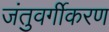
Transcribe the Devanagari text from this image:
जंतुवर्गीकरण